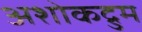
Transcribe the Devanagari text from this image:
अशोकद्रुम